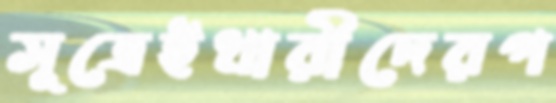
সূত্রেইধারীদেরপ